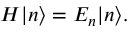
{ H } | n \rangle = E _ { n } | n \rangle .